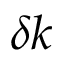
\delta k